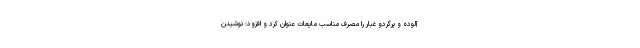
آلوده و پرگردو غبار را مصرف مناسب مایعات عنوان کرد و افزود: نوشیدن